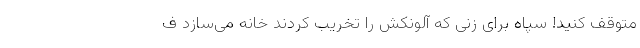
متوقف کنید! سپاه برای زنی که آلونکش را تخریب کردند خانه می‌سازد ف